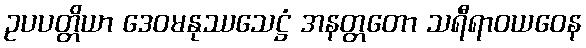
ဥပပတ္တိယာ ဒေဝမနုဿသေဋ္ဌံ အနတ္တတော သရီရာဝယဝေန